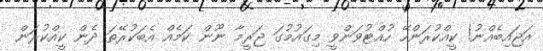
އަޖައިބެއްނު! ކީއްކުރަންހޭ ހުއްޓުވަންވީ މިގައުމުގަ ޖަރީމާ ނޫން ކަމެއް އެބަކުރޭތަ ދެން ކީއްކުރަން